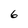
Character: 6